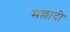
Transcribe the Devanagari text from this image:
मल्लादी